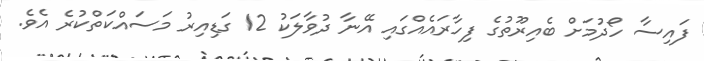
ފައިސާ ހޯދުމަށް ބެއިރޫތުގެ ފިހާރައެއްގައި އޭނާ ދުވާލަކު 12 ގަޑިއިރު މަސައްކަތްކުރެ އެވެ.